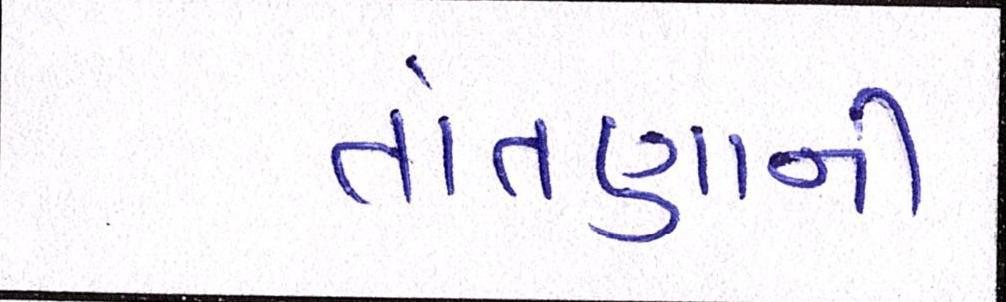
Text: તાંતણાની